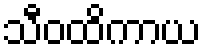
သီဝထိကာယ